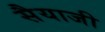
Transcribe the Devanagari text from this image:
सैयाजी